NAE_EAOK_eestikeelsed_sunnimeetrikad, lk 148
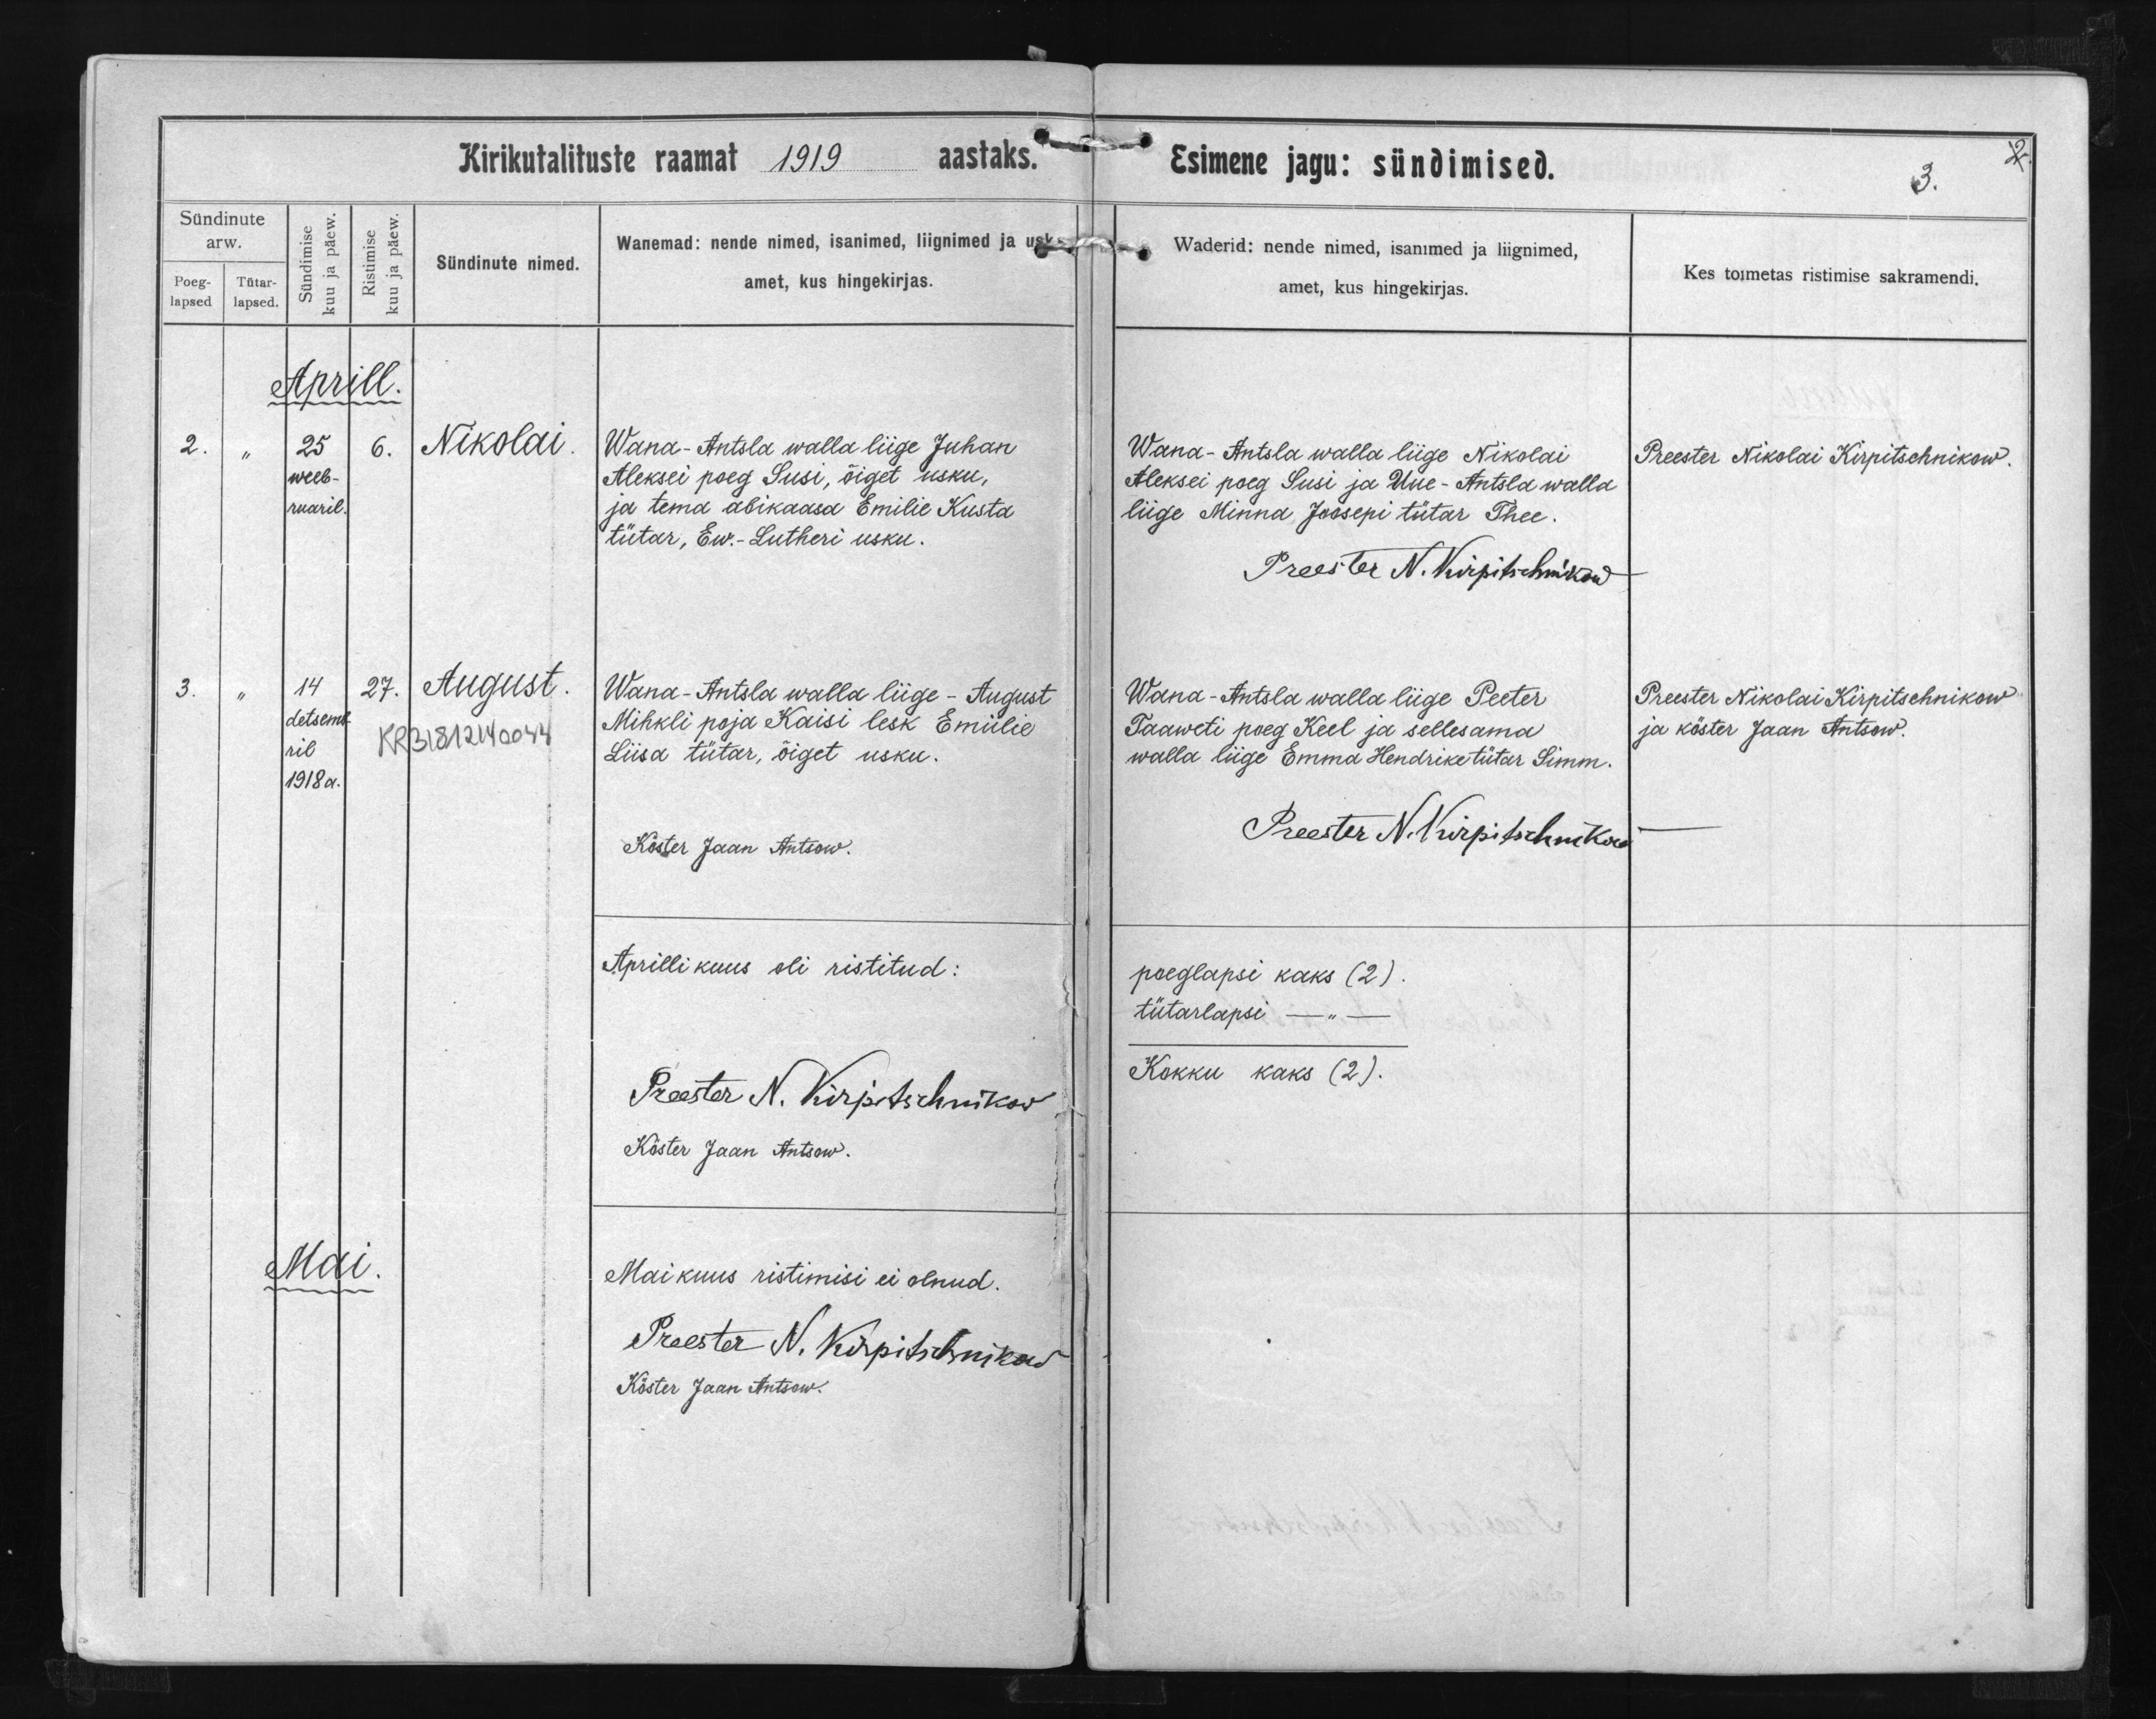
Nikolai

August

Wana-Antsla walla liige Juhan
Aleksei poeg Susi, õiget usku,
ja tema abikaasa Emilie Kusta
tütar, Ew.-Lutheri usku.

Wana-Antsla walla liige - August
Mihkli poja Kaisi lesk Emilie
Liisa tütar, õiget usku.